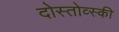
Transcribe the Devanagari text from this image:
दोस्तोव्स्की